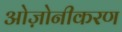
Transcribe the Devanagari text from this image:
ओज़ोनीकरण